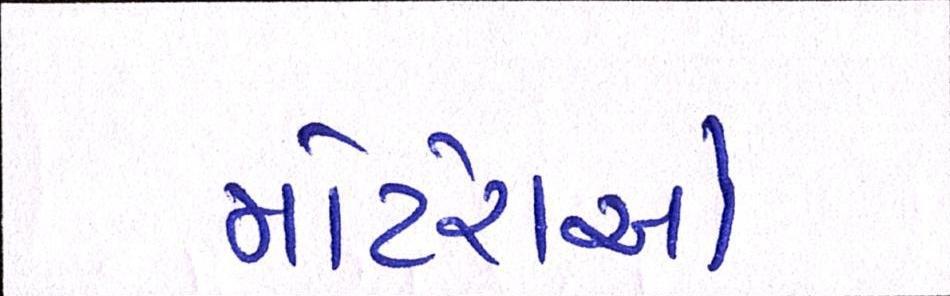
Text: મોટેરાઓ